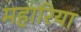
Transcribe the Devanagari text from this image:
महारिया